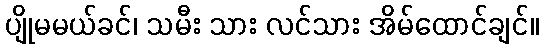
ပျိုမမယ်ခင်၊ သမီး သား လင်သား အိမ်ထောင်ချင်။